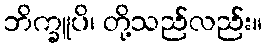
ဘိက္ခူပိ၊ တို့သည်လည်း။